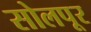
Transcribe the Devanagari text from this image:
सोलपूर